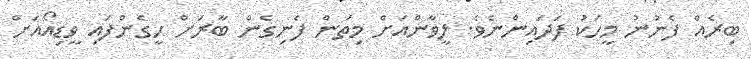
ބިރެއް ފެނުނު މީހަކު ފަދައިންނެވެ. ލީވާންއަށް މިތަން ފެނިގެން ބާރަށް ހީގެންފައި ވީޑިއޯއަށް